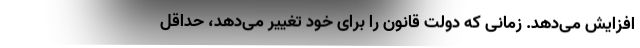
افزایش می‌دهد. زمانی که دولت قانون را برای خود تغییر می‌دهد، حداقل